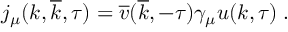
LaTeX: j _ { \mu } ( k , \overline { { { k } } } , \tau ) = \overline { { { v } } } ( \overline { { { k } } } , - \tau ) \gamma _ { \mu } u ( k , \tau ) \; .